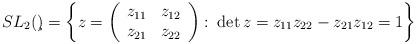
LaTeX: \begin{align*}SL_2(\c)=\left\{z=\left(\begin{array}{cc}z_{11} & z_{12}\\z_{21} & z_{22}\end{array}\right)\colon \det z=z_{11}z_{22}-z_{21}z_{12}=1\right\}\end{align*}